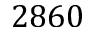
2 8 6 0